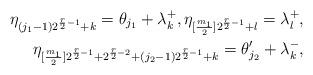
LaTeX: \begin{align*} \eta_{(j_1-1)2^{{r\over 2}-1}+k}= \theta_{j_1} + \lambda_k^+, \eta_{[{m_1\over2}]2^{{r\over 2}-1}+l}= \lambda_l^+ ,\\ \eta_{[{m_1\over2}]2^{{r\over 2}-1}+2^{{r\over 2}-2}+(j_2-1)2^{{r\over 2}-1}+k}= \theta_{j_2}'+ \lambda_k^- ,\end{align*}